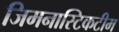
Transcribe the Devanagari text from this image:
जिमनास्टिकटीम